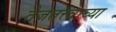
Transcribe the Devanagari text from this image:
तेजतत्त्वाच्या